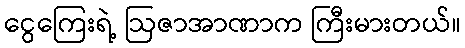
ငွေကြေးရဲ့ ဩဇာအာဏာက ကြီးမားတယ်။